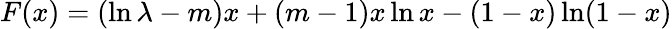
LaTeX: \begin{array}{r}{F(x)={(\ln\lambda-m)x+(m-1)x\ln x-(1-x)\ln(1-x)}}\end{array}